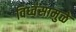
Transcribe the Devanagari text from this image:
विध्वंसामुळे